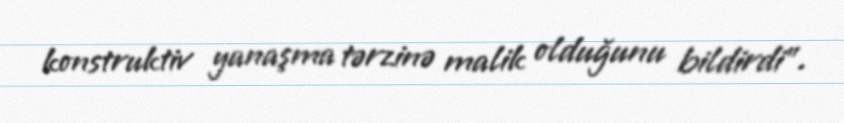
konstruktiv yanaşma tərzinə malik olduğunu bildirdi”.